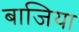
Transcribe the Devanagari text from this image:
बाजिया